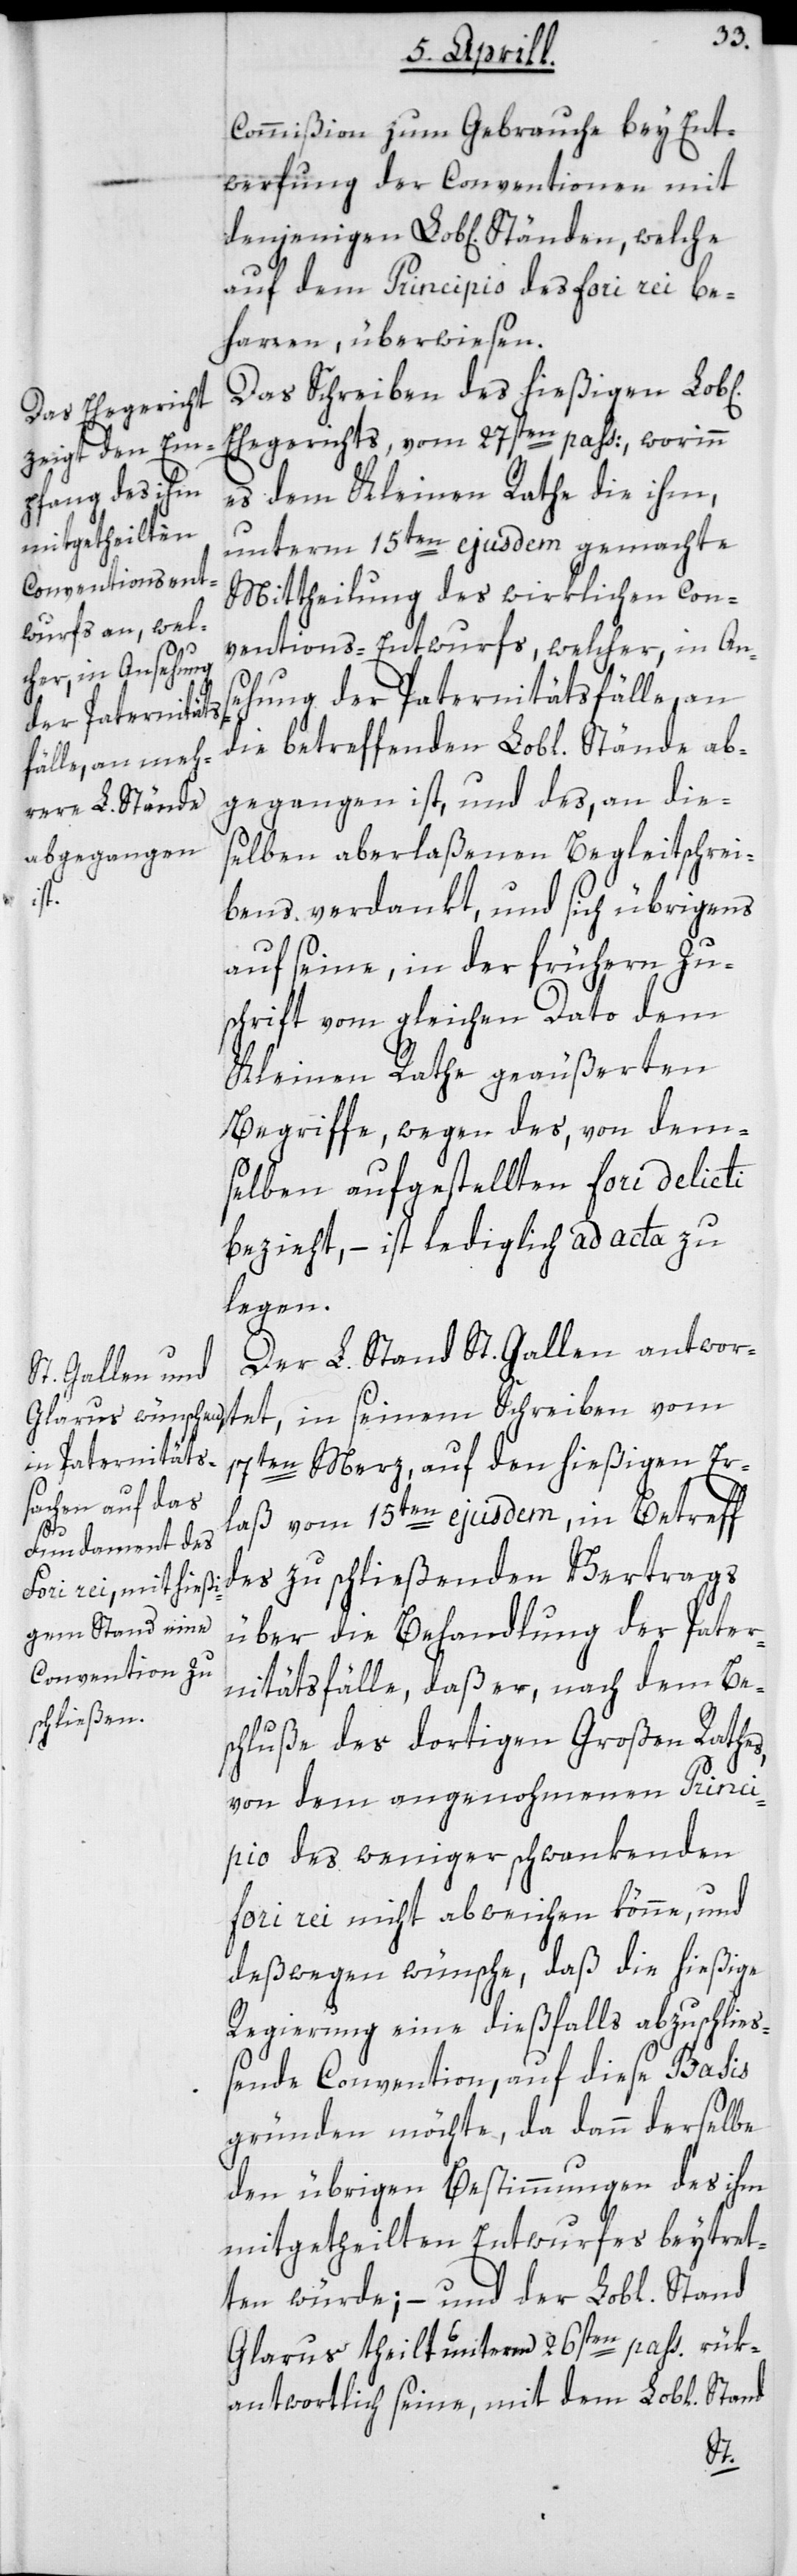
Commißion zum Gebrauche bey Ent¬
werfung der Conventionen mit
denjenigen Lobl. Ständen, welche
auf dem Principio des fori rei be¬
harren, überwiesen.
Das Schreiben des hießigen Lob¬
Ehegerichts, vom 27sten pass., worinn
es dem Kleinen Rathe die ihm,
unterm 15ten ejusdem gemachte
Mittheilung des wirklichen Conv¬
entions-Entwurfs, welcher, in An¬
sehung der Paternitätsfälle, an
die betreffenden Lobl. Stände ab¬
gegangen ist, und des, an die¬
selben aberlaßenen Begleitschrei¬
bens verdankt, und sich übrigens
auf seine, in der frühern Zu¬
schrift vom gleichen Dato dem
Kleinen Rathe geäußerten
Begriffe, wegen des, von dem¬
selben aufgestellten fori delicti
bezieht, – ist lediglich ad acta zu
legen.
Der L. Stand St. Gallen antwor¬
17ten Merz, auf den hießigen Er¬
laß vom 15ten ejusdem, in Betreff
seinem
des zu schließenden Vertrags
über die Behandlung der Pater¬
nitätsfälle, daß er, nach dem Be¬
schluße des dortigen Großen Rathes,
von dem angenohmenen Princi¬
pio des weniger schwankenden
fori rei nicht abweichen könne, und
deßwegen wünsche, daß die hießige
Regierung eine dießfalls abzuschließ¬
ende Convention, auf diese Basis
gründen möchte, da dann derselbe
den übrigen Bestimmungen des ihm
mitgetheilten Entwurfes beytre¬
ten würde; – und der L. Stand
Glarus theilt unterm 26sten pass. rük¬
antwortlich seine, mit dem Lobl. Stand